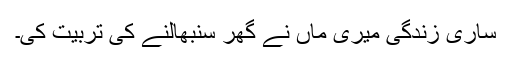
ساری زندگی میری ماں نے گھر سنبھالنے کی تربیت کی۔